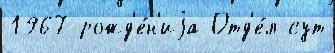
1967 рожд'е́н'иjа Отд'е́л сут